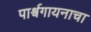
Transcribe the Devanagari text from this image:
पार्श्वगायनाचा